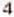
4